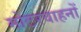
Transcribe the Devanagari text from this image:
मोटरवाहनों